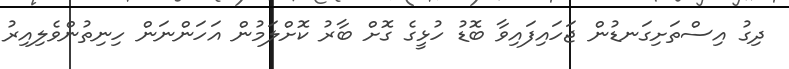
ދިގު އިސްތަށިގަނޑުން ޖަހައިފައިވާ ބޮޑު ހުޅީގެ ގޮށް ބާރު ކޮށްލަމުން އަހަންނަން ހިނިތުންވެލިއިރު